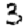
Digit: 3